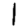
Digit: 1